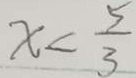
x < \frac { 5 } { 3 }